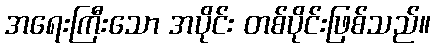
အရေးကြီးသော အပိုင်း တစ်ပိုင်းဖြစ်သည်။